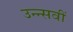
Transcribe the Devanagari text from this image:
उन्न्सवीं